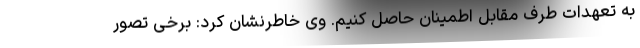
به تعهدات طرف مقابل اطمینان حاصل کنیم. وی خاطرنشان کرد: برخی تصور